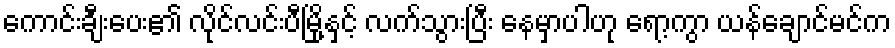
ကောင်းချီးပေး၏ လိုင်လင်းပီမြို့နှင့် လက်သွားပြီး နေမှာပါဟု ရော့ကွာ ယန်ချောင်မင်က